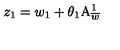
z _ { 1 } = w _ { 1 } + \theta _ { 1 } \mathrm { A } _ { \overline { { w } } } ^ { 1 }